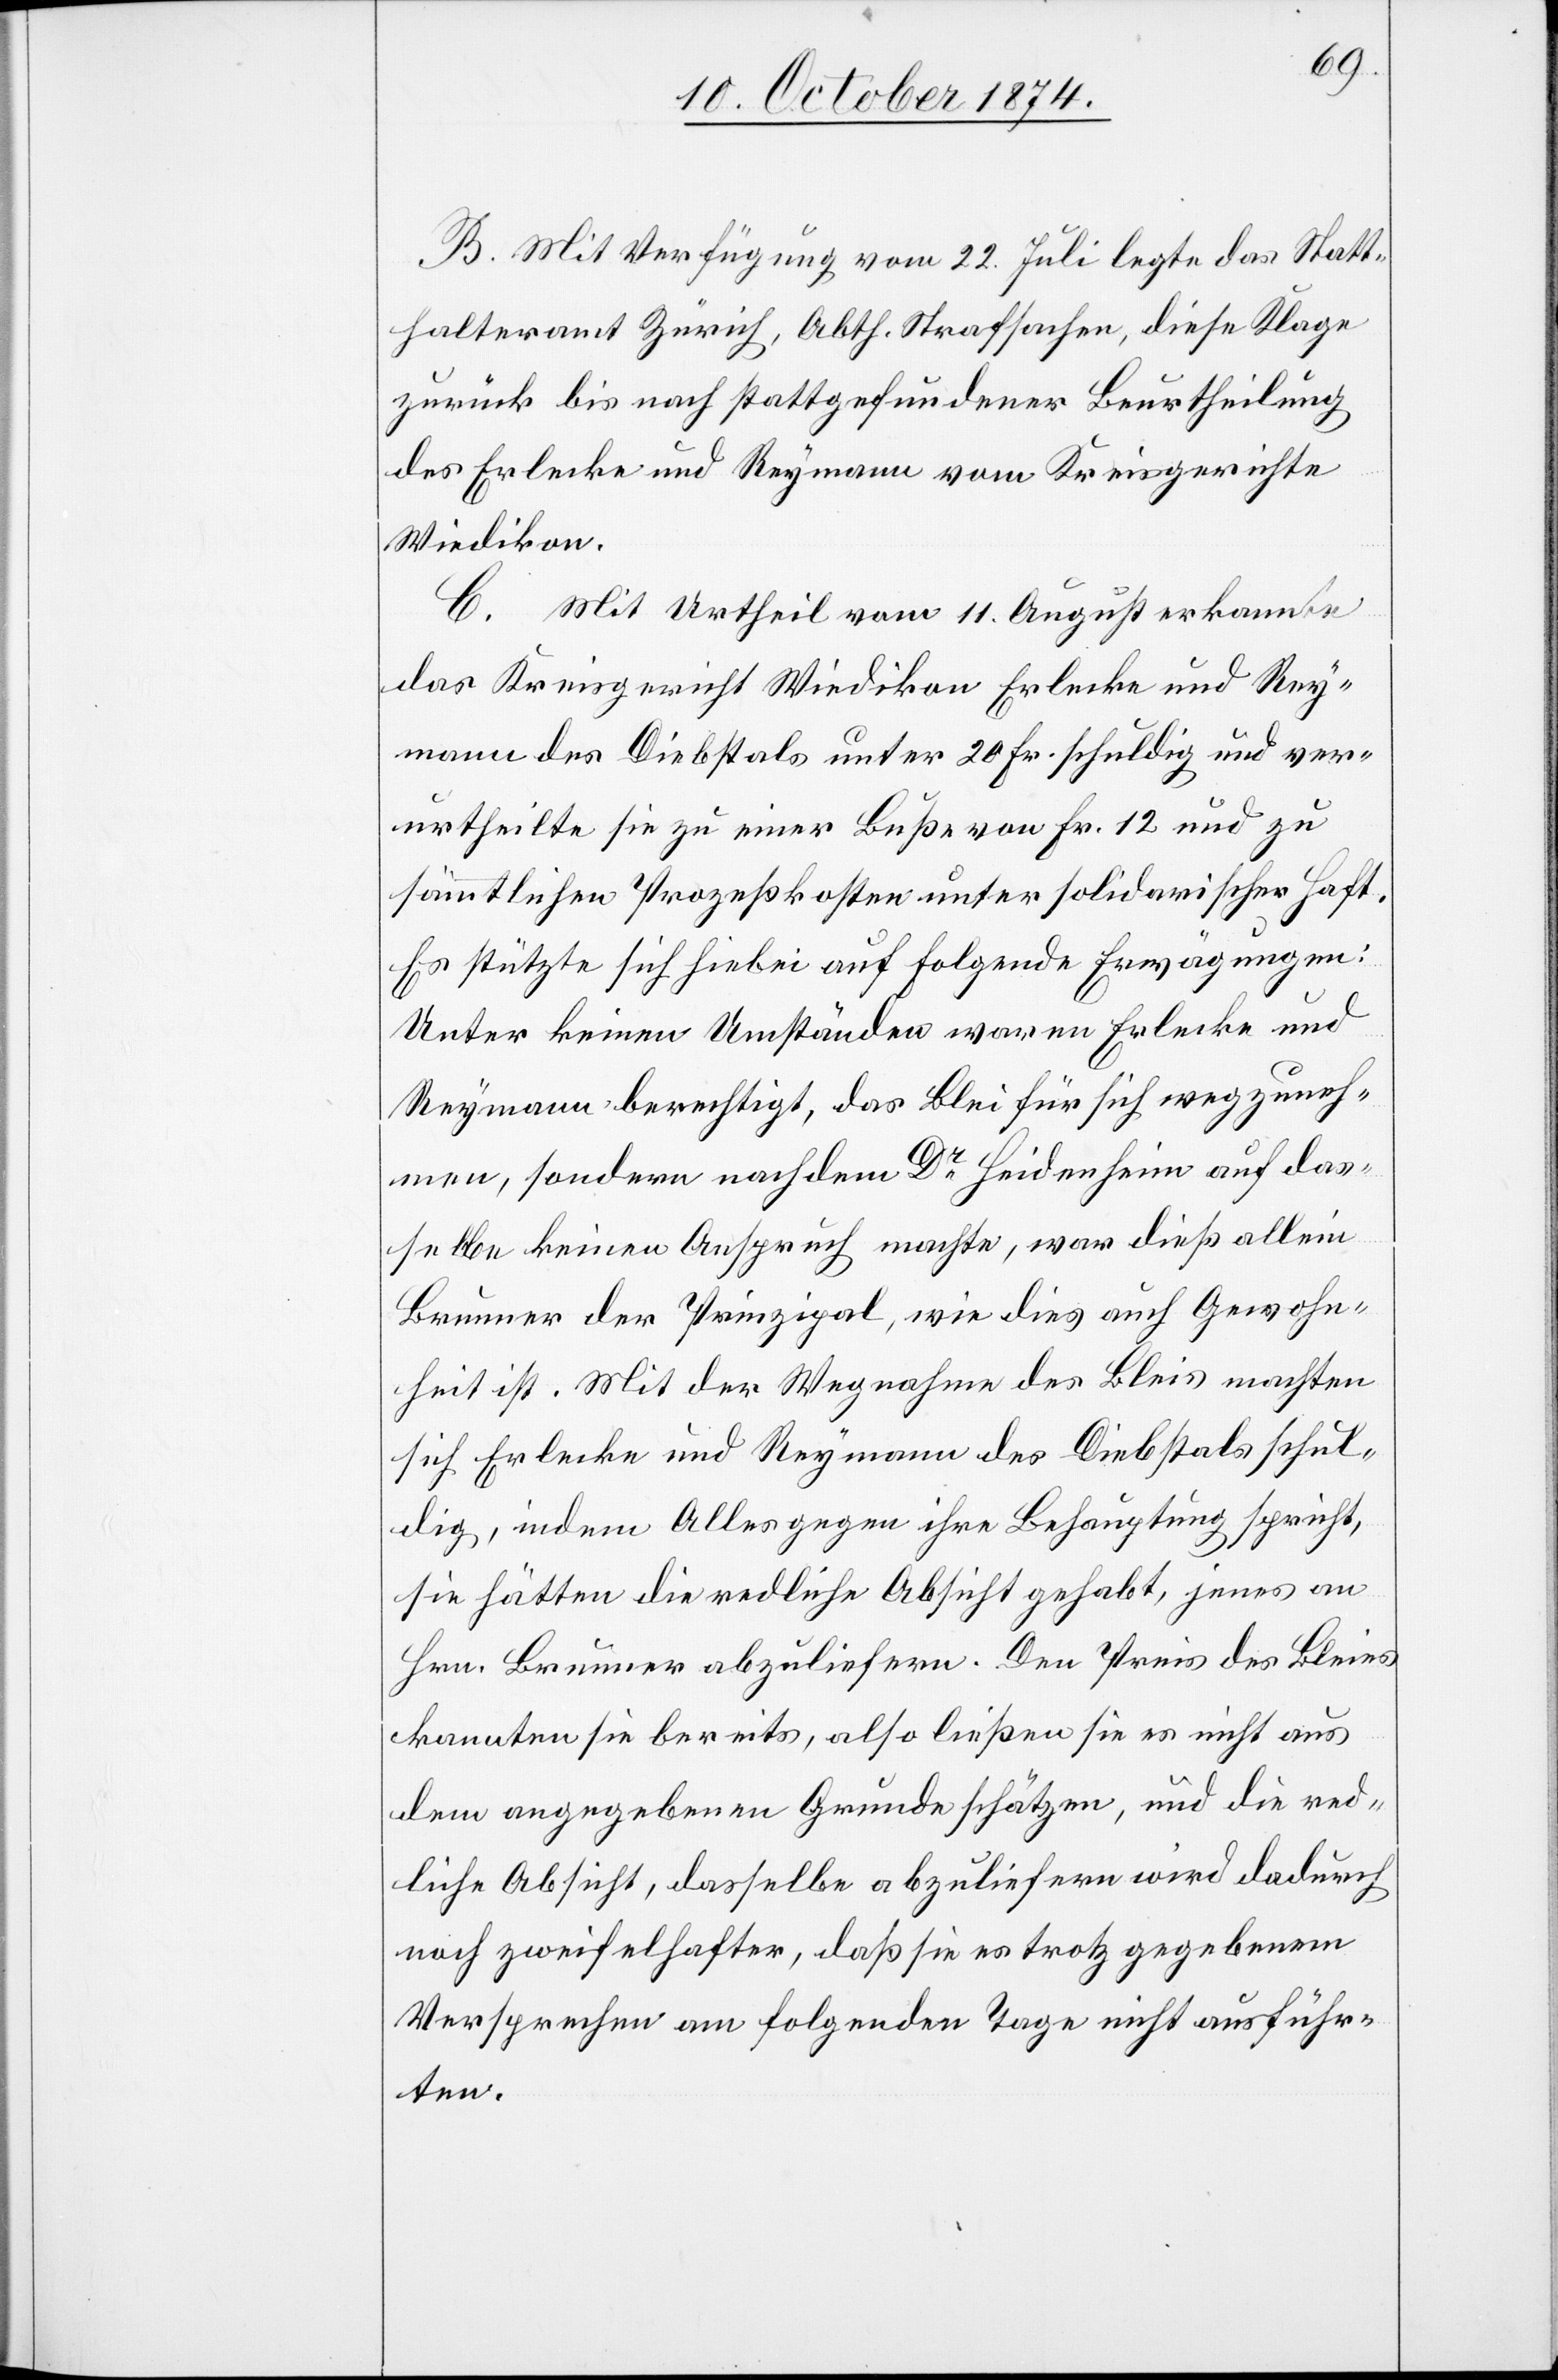
B. Mit Verfügung vom 22. Juli legte das Statt¬
halteramt Zürich, Abth. Strafsachen, diese Klage
zurück bis nach stattgefundener Beurtheilung
des Erlecke und Reymann [sic!] vom Kreisgerichte
Wiedikon.
C. Mit Urtheil vom 11. August erkannte
das Kreisgericht Wiedikon Erlecke und Rey¬
mann des Diebstals unter 20 Fr. schuldig und ver¬
urtheilte sie zu einer Buße von Fr. 12 und zu
sämmtlichen Prozeßkosten unter solidarischer Haft.
Es stütze sich hiebei auf folgende Erwägungen:
Unter keinen Umständen waren Erlecke und
Reymann berechtigt, das Blei für sich wegzuneh¬
men, sondern nachdem Dr Heidenheim auf das¬
selbe keinen Anspruch machte, war dieß allein
Brunner der Prinzipal, wie dies auch Gewohn¬
heit ist. Mit der Wegnahme des Bleis machten
sich Erlecke und Reymann des Diebstals schul¬
dig, indem Alles gegen ihre Behauptung spricht,
sie hätten die redliche Absicht gehabt, jenes an
Hrn. Brunner abzuliefern. Den Preis des Bleies
kannten sie bereits, also ließen sie es nicht aus
dem angegebenen Grunde schätzen, und die red¬
liche Absicht, dasselbe abzuliefern wird dadurch
noch zweifelhafter, daß sie es trotz gegebenem
Versprechen am folgenden Tage nicht ausführ¬
ten.